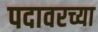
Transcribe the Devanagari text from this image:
पदावरच्या